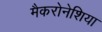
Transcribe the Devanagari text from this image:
मैकरोनेशिया